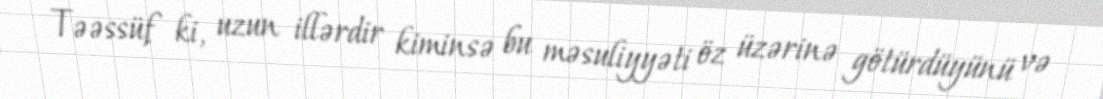
Təəssüf ki, uzun illərdir kiminsə bu məsuliyyəti öz üzərinə götürdüyünü və